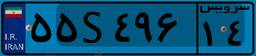
۵۵S۴۹۶۱۴